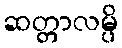
ဆတ္တာလမ္ပိ